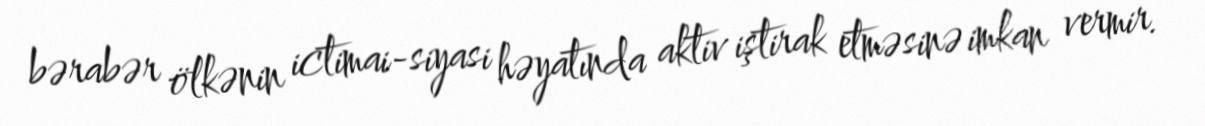
bərabər ölkənin ictimai-siyasi həyatında aktiv iştirak etməsinə imkan vermir.